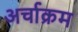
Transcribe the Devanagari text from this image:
अर्चाक्रम